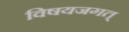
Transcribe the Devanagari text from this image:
विषयजगत्